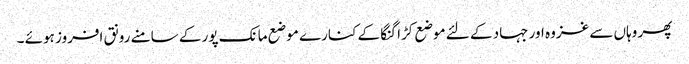
پھر وہاں سے غزوہ اور جہاد کے لئے موضع کڑا گنگا کے کنارے موضع مانک پور کے سامنے رونق افروز ہوئے ۔